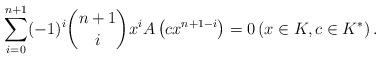
LaTeX: \begin{align*} \sum_{i=0}^{n+1}(-1)^{i}\binom{n+1}{i}x^{i}A\left(c x^{n+1-i}\right)=0 \left(x\in K, c\in K^* \right). \end{align*}